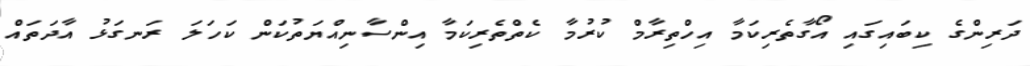
ދަރިންގެ ކިބައިގައި އޯގާތެރިކަމާ އިހްތިރާމް ކުރުމާ ކެތްތެރިކަމާ އިންސާނިއްޔަތުކަން ކަހަލަ ރަނގަޅު އާދަތައް